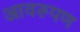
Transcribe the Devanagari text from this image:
आवरूपण